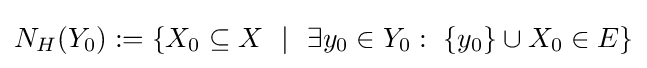
N_{H}(Y_{0}):=\{X_{0}\subseteq X~~|~~\exists y_{0}\in Y_{0}:~\{y_{0}\}\cup X_{0}\in E\}